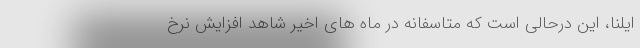
ایلنا، این درحالی است که متاسفانه در ماه های اخیر شاهد افزایش نرخ